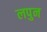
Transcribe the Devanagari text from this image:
लपुन